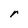
Character: r